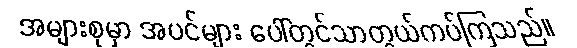
အများစုမှာ အပင်များ ပေါ်တွင်သာတွယ်ကပ်ကြသည်။